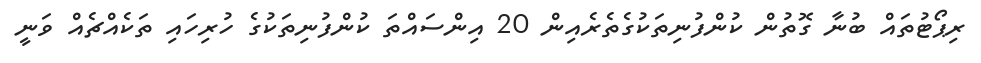
ރިޕޯޓުތައް ބުނާ ގޮތުން ކުންފުނިތަކުގެތެރެއިން 20 އިންސައްތަ ކުންފުނިތަކުގެ ހުރިހައި ތަކެއްޗެއް ވަނީ